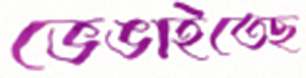
ভেঙাইতেছ